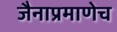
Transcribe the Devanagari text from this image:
जैनाप्रमाणेच